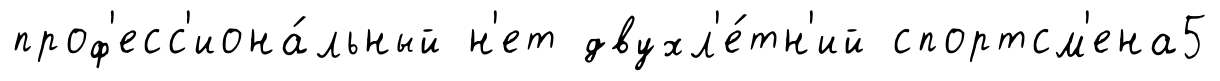
проф'есс'иона́льный н'ет двухл'е́тн'ий спортсм'ена5